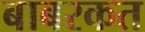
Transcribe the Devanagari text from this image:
बाबरकत